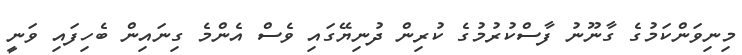
މިނިވަންކަމުގެ ގާނޫނު ފާސްކުރުމުގެ ކުރިން ދުނިޔޭގައި ވެސް އެންމެ ގިނައިން ބެހިފައި ވަނީ